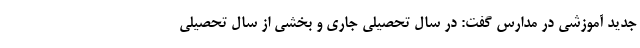
جدید آموزشی در مدارس گفت: در سال تحصیلی جاری و بخشی از سال تحصیلی